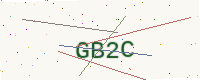
Text: GB2C